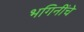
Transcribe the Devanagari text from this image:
भगिनींचे